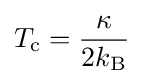
T_{\text{c}}={\frac {\kappa }{2k_{\rm {B}}}}